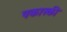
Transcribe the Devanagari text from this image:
पकास्की